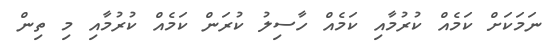
ނަމަކަށް ކަމެއް ކުރުމާއި ކަމެއް ހާސިލު ކުރަން ކަމެއް ކުރުމާއި މި ތިން